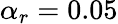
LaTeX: \alpha_{r}=0.05